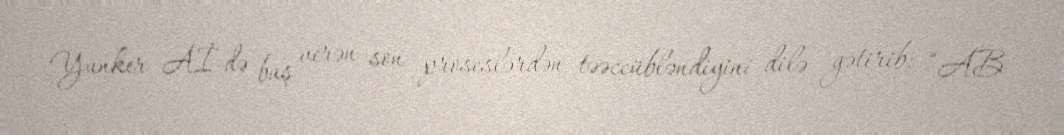
Yunker Aİ-də baş verən son proseslərdən təəccübləndiyini dilə gətirib: “AB